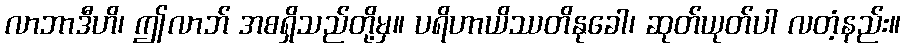
လာဘာဒီဟိ၊ ဤလာဘ် အစရှိသည်တို့မှ။ ပရိဟာယိဿတိနုခေါ၊ ဆုတ်ယုတ်ပါ လတံ့နည်း။